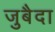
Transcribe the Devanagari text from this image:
जुबैदा